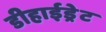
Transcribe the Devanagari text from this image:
डीहाईड्रेट